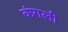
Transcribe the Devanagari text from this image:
कंगली